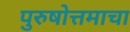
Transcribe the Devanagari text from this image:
पुरुषोत्तमाचा